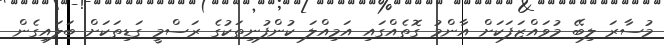
މުސާރަ ލިބޭ މުވައްޒަފަކަށް އާންމު ގޮތެއްގައި އަމިއްލަ ކުންފުނިތަކުގެ ރަސްމީ ގަޑިތަކަށް ބަލައިގެން